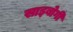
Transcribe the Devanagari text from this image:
साइबोगी